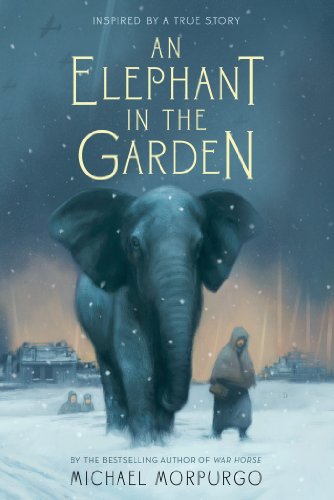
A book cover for An Elephant in the Garden; Michael Morpurgo; Children's Books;